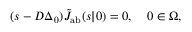
( s - D \Delta _ { \r _ { 0 } } ) \tilde { J } _ { \mathrm { { a b } } } ( s | \r _ { 0 } ) = 0 , \quad \r _ { 0 } \in \Omega ,